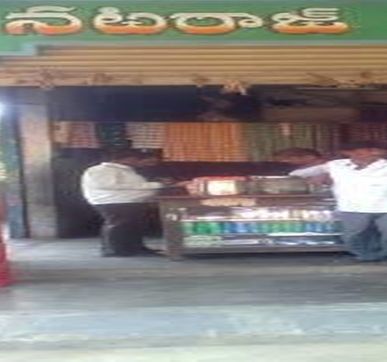
Language: telugu
Transcription: నటరాజ్